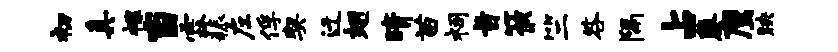
初真裸当霖耨左俘契迁翅晴苗祠旨筱竺咎隔占隳鹰映